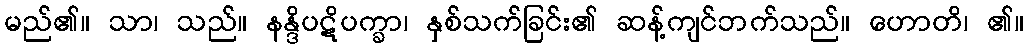
မည်၏။ သာ၊ သည်။ နန္ဒိပဋိပက္ခာ၊ နှစ်သက်ခြင်း၏ ဆန့်ကျင်ဘက်သည်။ ဟောတိ၊ ၏။